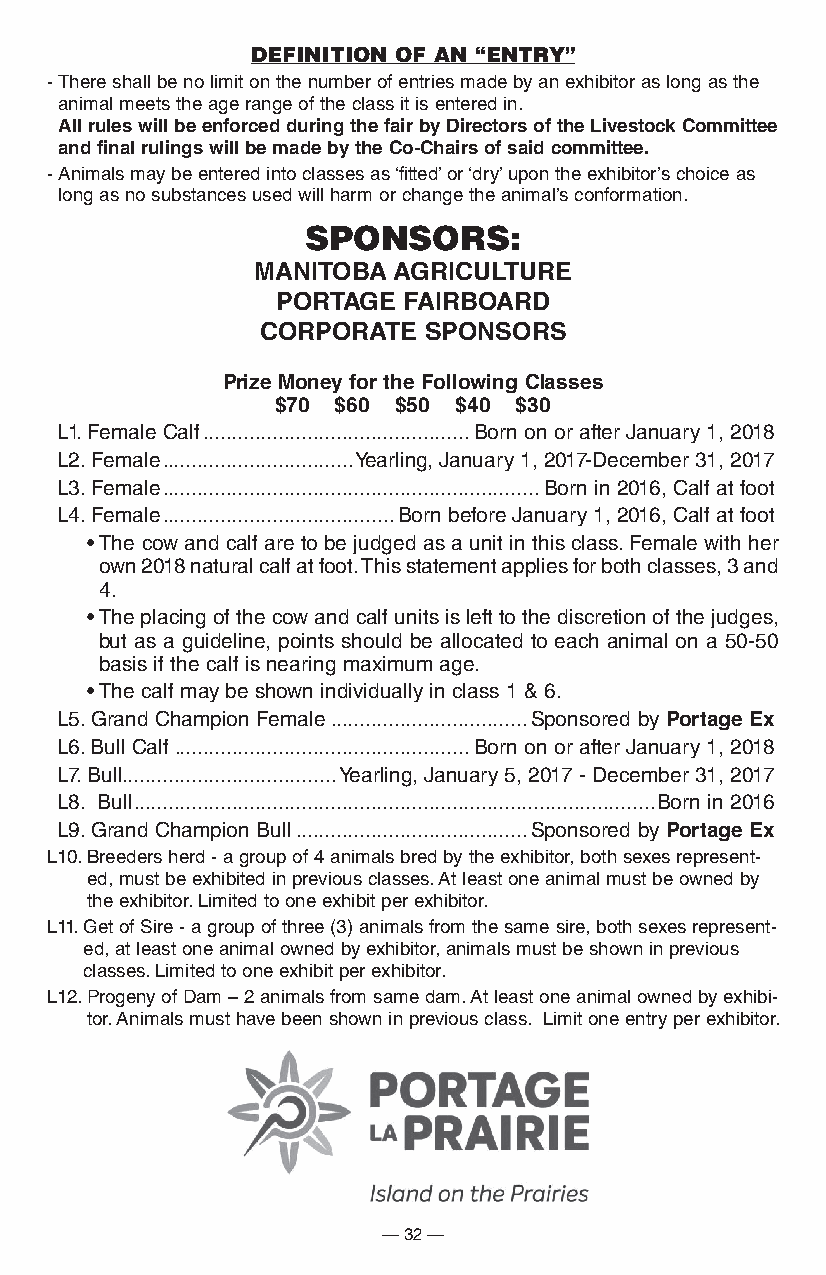
DEFINITION OF AN “ENTRY”
 - There shall be no limit on the number of entries made by an exhibitor as long as the
 animal meets the age range of the class it is entered in.
 all rules will be enforced during the fair by Directors of the livestock committee
 and final rulings will be made by the co-chairs of said committee.
 - Animals may be entered into classes as ‘fitted’ or ‘dry’ upon the exhibitor’s choice as
 long as no substances used will harm or change the animal’s conformation.
 SPOnSORS:
 ManitoBa aGricUltUre
 portaGe  FairBoarD
 corporate  SponSorS
 prize Money for the Following classes
 $70 $60 $50 $40 $30
 L1. Female Calf ..............................................Born on or after January 1, 2018
 L2. Female .................................Yearling, January 1, 2017-December 31, 2017
 L3. Female .................................................................Born in 2016, Calf at foot
 L4. Female ........................................Born before January 1, 2016, Calf at foot
 • The cow and calf are to be judged as a unit in this class. Female with her
 own 2018 natural calf at foot. This statement applies for both classes, 3 and
 4.
 • The placing of the cow and calf units is left to the discretion of the judges,
 but as a guideline, points should be allocated to each animal on a 50-50
 basis if the calf is nearing maximum age.
 • The calf may be shown individually in class 1 & 6.
 L5. Grand Champion Female ..................................Sponsored by portage ex
 L6. Bull Calf ...................................................Born on or after January 1, 2018
 L7. Bull .....................................Yearling, January 5, 2017 - December 31, 2017
 L8. Bull ..........................................................................................Born in 2016
 L9. Grand Champion Bull ........................................Sponsored by portage ex
 L10. Breeders herd - a group of 4 animals bred by the exhibitor, both sexes represent-
 ed, must be exhibited in previous classes. At least one animal must be owned by
 the exhibitor. Limited to one exhibit per exhibitor.
 L11. Get of Sire - a group of three (3) animals from the same sire, both sexes represent-
 ed, at least one animal owned by exhibitor, animals must be shown in previous
 classes. Limited to one exhibit per exhibitor.
 L12. Progeny of Dam – 2 animals from same dam. At least one animal owned by exhibi-
 tor. Animals must have been shown in previous class. Limit one entry per exhibitor.
 — 32 —